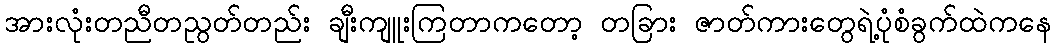
အားလုံးတညီတညွတ်တည်း ချီးကျူးကြတာကတော့ တခြား ဇာတ်ကားတွေရဲ့ပုံစံခွက်ထဲကနေ